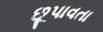
છૂપાવતા